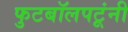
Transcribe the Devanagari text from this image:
फुटबॉलपटूंनी